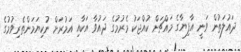
ދައުލަތުން ވަނީ އާފިޔާގެ މައްޗަށް ކުއްޖަކު މެރުމުގެ ދައުވާ އަކާއި އަމުރަށް ނުކިޔަމަންތެރިވުމުގެ